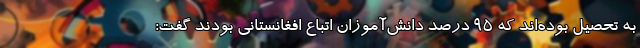
به تحصیل بوده‌اند که ۹۵ درصد دانش‌آموزان اتباع افغانستانی بودند گفت: